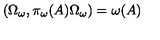
\left( \Omega _ { \omega } , \pi _ { \omega } ( A ) \Omega _ { \omega } \right) = \omega ( A )